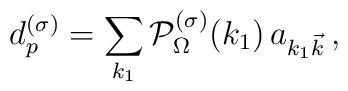
d^{(\sigma)}_p=\sum_{k_1} {\cal  P}_\Omega^{(\sigma)}(k_1)\, a_{k_1{\vec k}}\,,